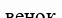
венок